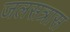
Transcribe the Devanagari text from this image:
जलसत्रास